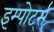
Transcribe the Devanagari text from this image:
इम्पोर्ट्स